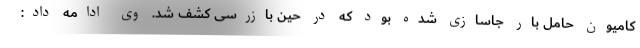
کامیون حامل بار جاسازی شده بود که در حین بازرسی کشف شد. وی ادامه داد: